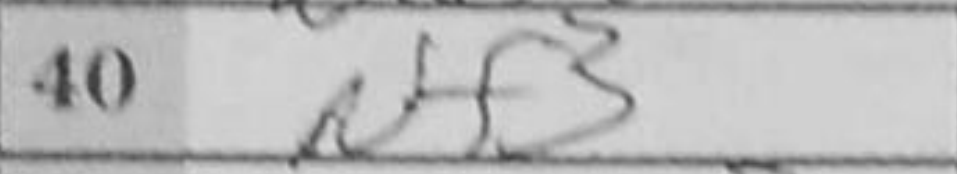
Transcription: Nf3